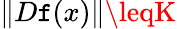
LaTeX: \| D\mathtt{f}(x)\| \leqK